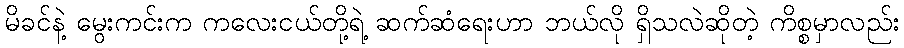
မိခင်နဲ့ မွေးကင်းက ကလေးငယ်တို့ရဲ့ ဆက်ဆံရေးဟာ ဘယ်လို ရှိသလဲဆိုတဲ့ ကိစ္စမှာလည်း